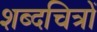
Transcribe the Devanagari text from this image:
शब्दचित्रों